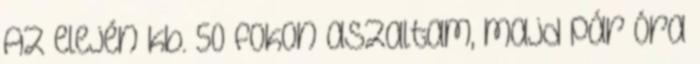
Az elején kb. 50 fokon aszaltam, majd pár óra